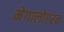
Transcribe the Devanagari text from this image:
मेगालोप्टरन